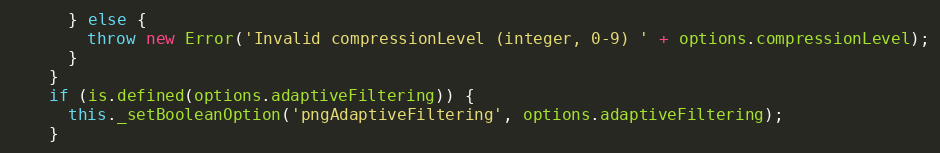
Language: JavaScript
      } else {
        throw new Error('Invalid compressionLevel (integer, 0-9) ' + options.compressionLevel);
      }
    }
    if (is.defined(options.adaptiveFiltering)) {
      this._setBooleanOption('pngAdaptiveFiltering', options.adaptiveFiltering);
    }